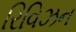
રિવિઝન